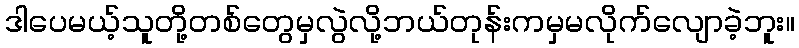
ဒါပေမယ့်သူတို့တစ်တွေမှလွဲလို့ဘယ်တုန်းကမှမလိုက်လျောခဲ့ဘူး။